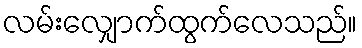
လမ်းလျှောက်ထွက်လေသည်။